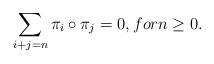
LaTeX: \begin{align*}\sum_{i+j=n}\pi_i\circ\pi_j=0,for n\geq 0.\end{align*}